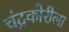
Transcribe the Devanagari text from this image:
चंद्रकोरीला